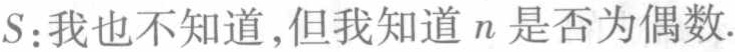
$S \text{:我也不知道,但我知道}n\text{是否为偶数}.$